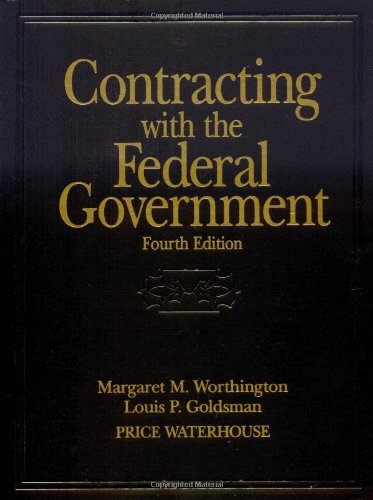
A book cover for Contracting with the Federal Government; Margaret M. Worthington; Business & Money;